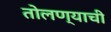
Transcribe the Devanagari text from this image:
तोलण्याची